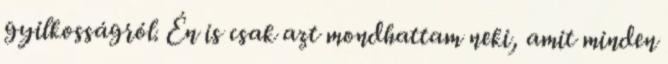
gyilkosságról. Én is csak azt mondhattam neki, amit minden